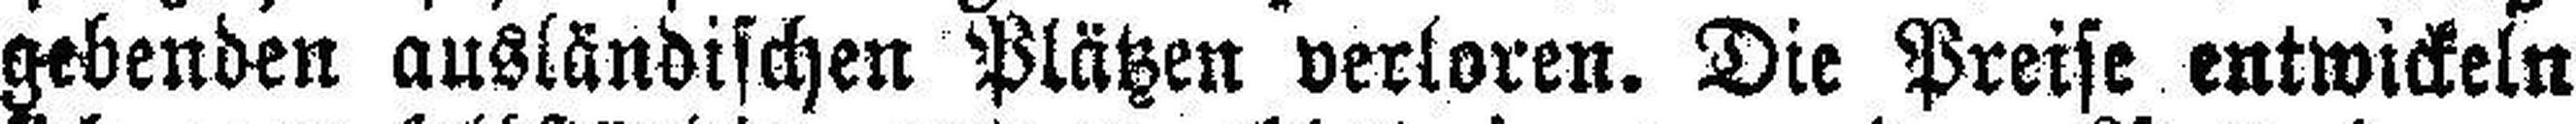
gebenden ausländischen Plätzen verloren. Die Preise entwickeln